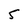
Character: 5